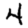
Digit: 4